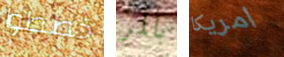
خططوا بالمر امريكا